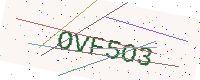
Text: OVF5O3